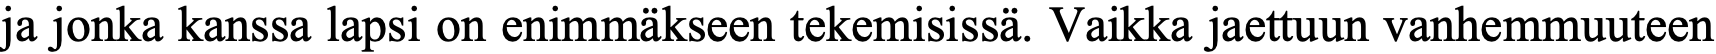
ja jonka kanssa lapsi on enimmäkseen tekemisissä. Vaikka jaettuun vanhemmuuteen